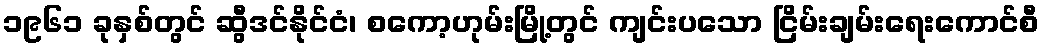
၁၉၆၁ ခုနှစ်တွင် ဆွီဒင်နိုင်ငံ၊ စကော့ဟုမ်းမြို့တွင် ကျင်းပသော ငြိမ်းချမ်းရေးကောင်စီ